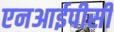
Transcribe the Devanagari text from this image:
एनआईपीसी